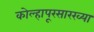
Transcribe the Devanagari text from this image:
कोल्हापूरसारख्या